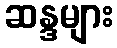
ဆန္ဒများ